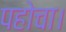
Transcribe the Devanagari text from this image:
पहोचा।